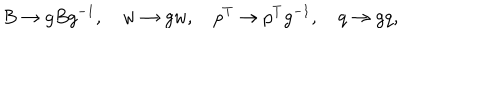
B \rightarrow g B g ^ { - 1 } , \quad w \rightarrow g w , \quad p ^ { T } \rightarrow p ^ { T } g ^ { - 1 } , \quad q \rightarrow g q ,